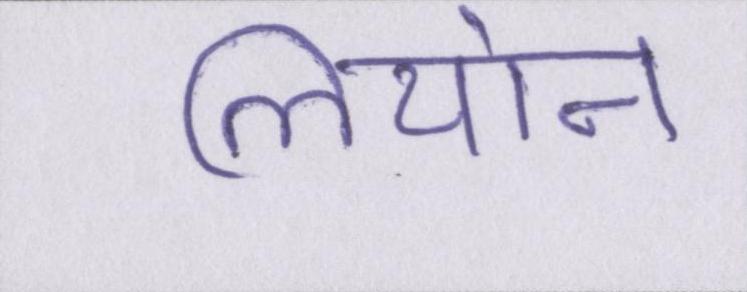
लियोन